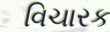
વિચારક